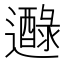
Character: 𨘭